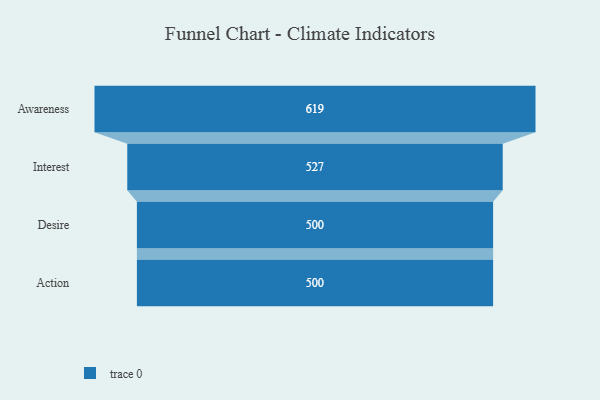
{"axis": {"x": "Stage", "y": "Value"}, "legend": [""], "data": [{"x": "Awareness", "y": 619.0, "type": ""}, {"x": "Interest", "y": 527.0, "type": ""}, {"x": "Desire", "y": 500, "type": ""}, {"x": "Action", "y": 500, "type": ""}]}